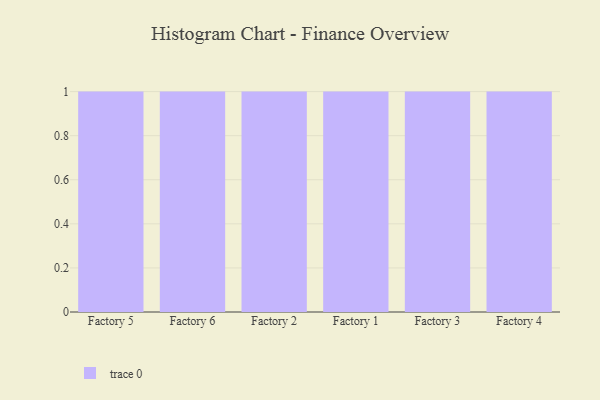
{"axis": {"x": "Factory", "y": "Shipments"}, "legend": [""], "data": [{"x": "Factory 5", "y": 86, "type": ""}, {"x": "Factory 6", "y": 19, "type": ""}, {"x": "Factory 2", "y": 30, "type": ""}, {"x": "Factory 1", "y": 28, "type": ""}, {"x": "Factory 3", "y": 43, "type": ""}, {"x": "Factory 4", "y": 37, "type": ""}]}